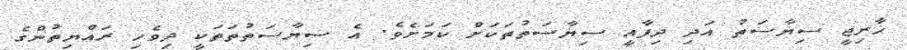
ޚާރިޖީ ސިޔާސަތު އަދި ދިފާއީ ސިޔާސަތުތަކަށް ކަމަށެވެ. އެ ސިޔާސަތުތަތަކީ ދިވެހި ރައްޔިތުންގެ